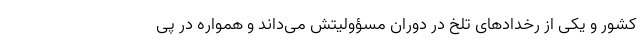
کشور و یکی از رخدادهای تلخ در دوران مسؤولیتش می‌داند و همواره در پی